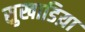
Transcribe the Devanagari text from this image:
सुखाडिय़ा